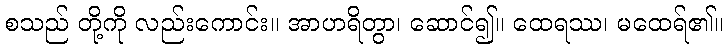
စသည် တို့ကို လည်းကောင်း။ အာဟရိတွာ၊ ဆောင်၍။ ထေရဿ၊ မထေရ်၏။